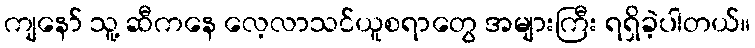
ကျနော် သူ့ ဆီကနေ လေ့လာသင်ယူစရာတွေ အများကြီး ရရှိခဲ့ပါတယ်။